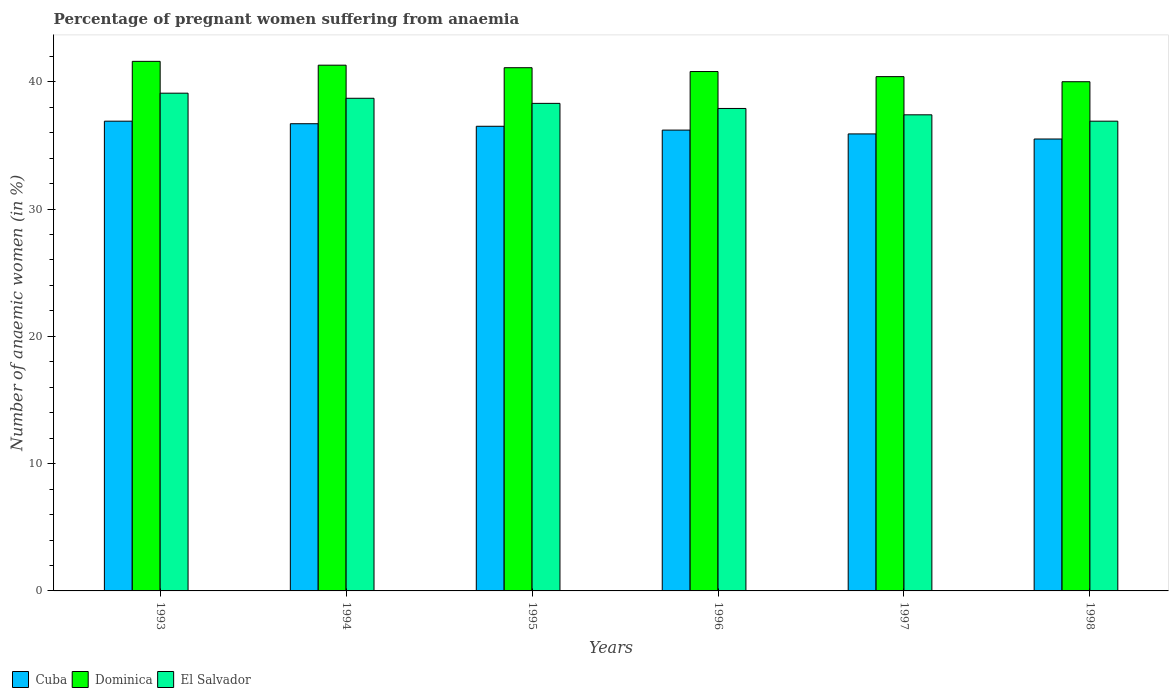
| Years | Cuba | Dominica | El Salvador |
 | --- | --- | --- | --- |
 | 1993 | 36.9 | 41.6 | 39.1 |
 | 1994 | 36.7 | 41.3 | 38.7 |
 | 1995 | 36.5 | 41.1 | 38.3 |
 | 1996 | 36.2 | 40.8 | 37.9 |
 | 1997 | 35.9 | 40.4 | 37.4 |
 | 1998 | 35.5 | 40 | 36.9 |